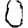
Digit: 0